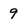
Character: 9